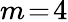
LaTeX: m\! =\! 4